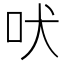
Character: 吠